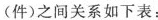
(件)之间关系如下表：